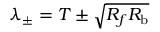
\lambda _ { \pm } = T \pm \sqrt { R _ { f } R _ { \mathrm { b } } }